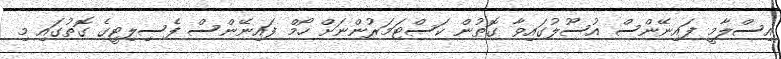
އިސްލާމީ ފައިނޭންސް އުސޫލުގައިވާ ގޮތުން ކަސްޓަމަރުންނަށް ހޯމް ފައިނޭންސް ފެސިލިޓީގެ ގޮތުގައި މި